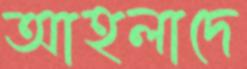
আহলাদে